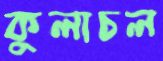
কুলাচল